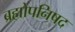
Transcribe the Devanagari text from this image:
ब्रह्मोपनिषद